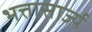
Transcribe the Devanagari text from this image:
भत्तासार्ज्य